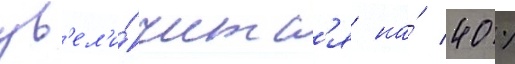
ув'ел'и́читс'я на́ 40 %